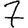
Digit: 7